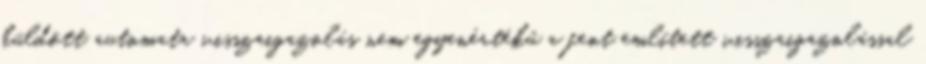
küldött automata visszaigazolás nem egyenértékű a fent említett visszaigazolással